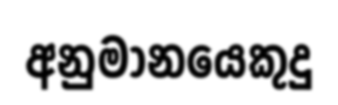
අනුමානයෙකුදු